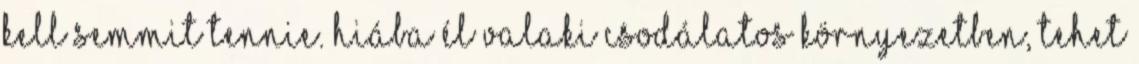
kell semmit tennie. Hiába él valaki csodálatos környezetben, tehet